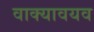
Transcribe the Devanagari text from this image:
वाक्यावयव